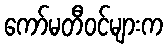
ကော်မတီဝင်များက